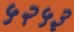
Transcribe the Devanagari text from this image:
५२५३